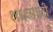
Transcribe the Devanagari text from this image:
१९६६साली